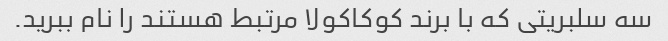
سه سلبریتی که با برند کوکاکولا مرتبط هستند را نام ببرید.